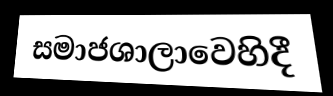
සමාජශාලාවෙහිදී